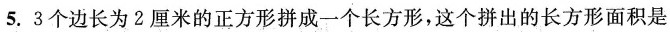
5. 3个边长为2厘米的正方形拼成一个长方形，这个拼出的长方形面积是